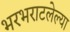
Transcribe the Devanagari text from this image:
भरभराटलेल्या